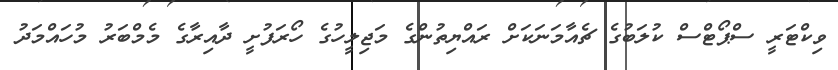
ވިކްޓަރީ ސްޕޯޓްސް ކުލަބުގެ ޗެއާމަނަކަށް ރައްޔިތުންގެ މަޖިލީހުގެ ހޯރަފުށީ ދާއިރާގެ މެމްބަރު މުހައްމަދު